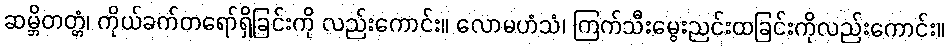
ဆမ္ဘိတတ္တံ၊ ကိုယ်ခက်တရော်ရှိခြင်းကို လည်းကောင်း။ လောမဟံသံ၊ ကြက်သီးမွေးညင်းထခြင်းကိုလည်းကောင်း။